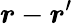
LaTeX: \boldsymbol{r}-\boldsymbol{r}^{\prime}